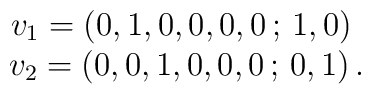
\begin{array}{c}v_1=\left(0,1,0,0,0,0\, ;\,1,0\right)\ \\v_2=\left(0,0,1,0,0,0\, ;\,0,1\right).\end{array}